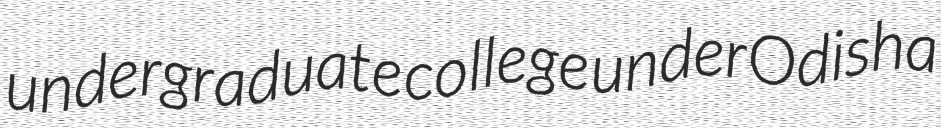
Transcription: undergraduate college under Odisha